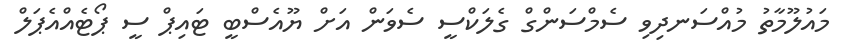
މައުލޫމާތު މުއްސަނދިވި ސެމްސަންގް ގެލަކްސީ ސެވަން އަށް ޔޫއެސްބީ ޓައިޕް ސީ ޕޯޓެއްއެޕަލް